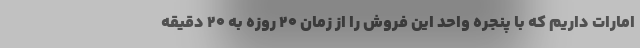
امارات داریم که با پنجره واحد این فروش را از زمان 20 روزه به 20 دقیقه